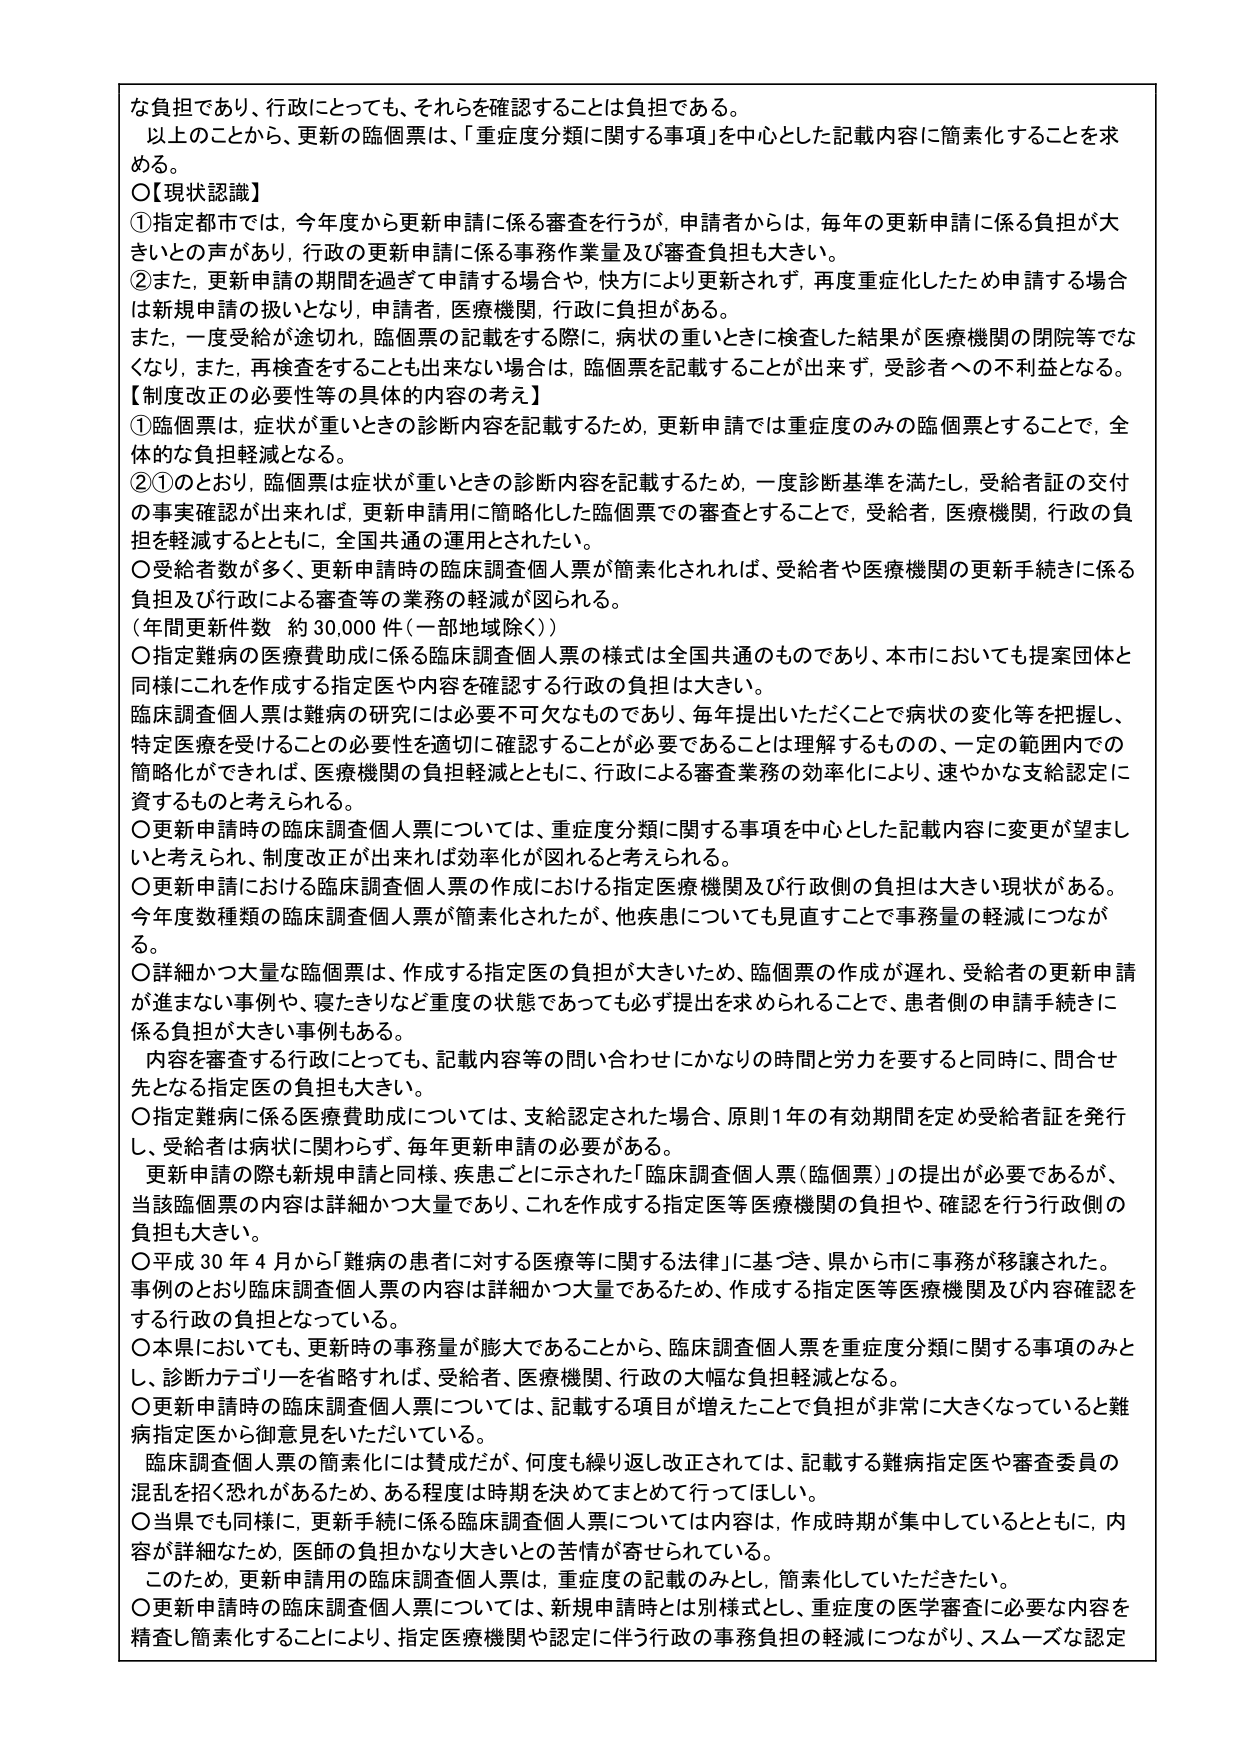
な負担であり、行政にとっても、それらを確認することは負担である。
以上のことから、更新の臨個票は、「重症度分類に関する事項」を中心とした記載内容に簡素化することを求める。
○【現状認識】
①指定都市では、今年度から更新申請に係る審査を行うが、申請者からは、毎年の更新申請に係る負担が大きいとの声があり、行政の更新申請に係る事務作業量及び審査負担も大きい。
②また、更新申請の期間を過ぎて申請する場合や、快方により更新されず、再度重症化したため申請する場合は新規申請の扱いとなり、申請者、医療機関、行政に負担がある。
また、一度受給が途切れ、臨個票の記載をする際に、病状の重いときに検査した結果が医療機関の閉院等でなくなり、また、再検査をすることも出来ない場合は、臨個票を記載することが出来ず、受診者への不利益となる。
【制度改正の必要性等の具体的内容の考え】
①臨個票は、症状が重いときの診断内容を記載するため、更新申請では重症度のみの臨個票とすることで、全体的な負担軽減となる。
②①のとおり、臨個票は症状が重いときの診断内容を記載するため、一度診断基準を満たし、受給者証の交付の事実確認が出来れば、更新申請用に簡略化した臨個票での審査とすることで、受給者、医療機関、行政の負担を軽減するとともに、全国共通の運用とされたい。
○受給者数が多く、更新申請時の臨床調査個人票が簡素化されれば、受給者や医療機関の更新手続きに係る負担及び行政による審査等の業務の軽減が図られる。
（年間更新件数 約30,000件（一部地域除く））
○指定難病の医療費助成に係る臨床調査個人票の様式は全国共通のものであり、本市においても提案団体と同様にこれを作成する指定医や内容を確認する行政の負担は大きい。
臨床調査個人票は難病の研究には必要不可欠なものであり、毎年提出いただくことで病状の変化等を把握し、特定医療を受けることの必要性を適切に確認することが必要であることは理解するものの、一定の範囲内での簡略化ができれば、医療機関の負担軽減とともに、行政による審査業務の効率化により、速やかな支給認定に資するものと考えられる。
○更新申請時の臨床調査個人票については、重症度分類に関する事項を中心とした記載内容に変更が望ましいと考えられ、制度改正が出来れば効率化が図れると考えられる。
○更新申請における臨床調査個人票の作成における指定医療機関及び行政側の負担は大きい現状がある。今年度数種類の臨床調査個人票が簡素化されたが、他疾患についても見直すことで事務量の軽減につながる。
○詳細かつ大量な臨個票は、作成する指定医の負担が大きいため、臨個票の作成が遅れ、受給者の更新申請が進まない事例や、寝たきりなど重度の状態であっても必ず提出を求められることで、患者側の申請手続きに係る負担が大きい事例もある。
内容を審査する行政にとっても、記載内容等の問い合わせにかなりの時間と労力を要すると同時に、問合せ先となる指定医の負担も大きい。
○指定難病に係る医療費助成については、支給認定された場合、原則1年の有効期間を定め受給者証を発行し、受給者は病状に関わらず、毎年更新申請の必要がある。
更新申請の際も新規申請と同様、疾患ごとに示された「臨床調査個人票（臨個票）」の提出が必要であるが、当該臨個票の内容は詳細かつ大量であり、これを作成する指定医等医療機関の負担や、確認を行う行政側の負担も大きい。
○平成30年4月から「難病の患者に対する医療等に関する法律」に基づき、県から市に事務が移譲された。事例のとおり臨床調査個人票の内容は詳細かつ大量であるため、作成する指定医等医療機関及び内容確認をする行政の負担となっている。
○本県においても、更新時の事務量が膨大であることから、臨床調査個人票を重症度分類に関する事項のみとし、診断カテゴリーを省略すれば、受給者、医療機関、行政の大幅な負担軽減となる。
○更新申請時の臨床調査個人票については、記載する項目が増えたことで負担が非常に大きくなっていると難病指定医から御意見をいただいている。
臨床調査個人票の簡素化には賛成だが、何度も繰り返し改正されては、記載する難病指定医や審査委員の混乱を招く恐れがあるため、ある程度は時期を決めてまとめて行ってほしい。
○当県でも同様に、更新手続に係る臨床調査個人票については内容は、作成時期が集中しているとともに、内容が詳細なため、医師の負担かなり大きいとの苦情が寄せられている。
このため、更新申請用の臨床調査個人票は、重症度の記載のみとし、簡素化していただきたい。
○更新申請時の臨床調査個人票については、新規申請時とは別様式とし、重症度の医学審査に必要な内容を精査し簡素化することにより、指定医療機関や認定に伴う行政の事務負担の軽減につながり、スムーズな認定